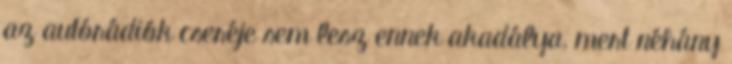
az autórádiók cseréje sem lesz ennek akadálya, mert néhány